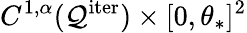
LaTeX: C^{1,\alpha}(\mathcal{Q}^{\mathrm{iter}})\times[0,\theta_{*}]^{2}